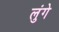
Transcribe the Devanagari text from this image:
लुंगे